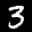
Label: 3